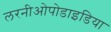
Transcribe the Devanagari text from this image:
लरनीओपोडाइडिया